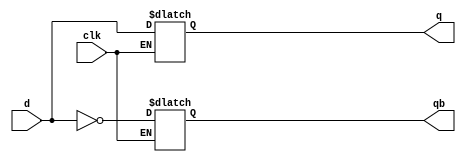
module DFF_level(
    input d,clk,
    output q,qb
);
    reg q,qb;
    always @(clk,d) begin
        if(clk==1) begin
          q=d;
          qb=~d;
        end
    end

endmodule